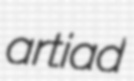
artiad